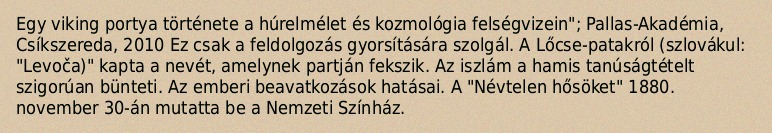
Egy viking portya története a húrelmélet és kozmológia felségvizein"; Pallas-Akadémia, Csíkszereda, 2010 Ez csak a feldolgozás gyorsítására szolgál. A Lőcse-patakról (szlovákul: "Levoča)" kapta a nevét, amelynek partján fekszik. Az iszlám a hamis tanúságtételt szigorúan bünteti. Az emberi beavatkozások hatásai. A "Névtelen hősöket" 1880. november 30-án mutatta be a Nemzeti Színház.